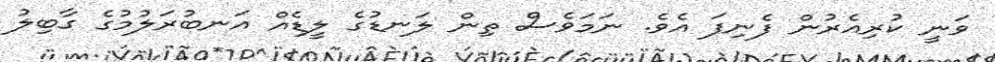
ވަނީ ކުރިއެރުން ފެނިފަ އެވެ. ނަމަވެސް ތިން ލަނޑުގެ ލީޑެއް އަނބުރަލުމުގެ ގާބިލު